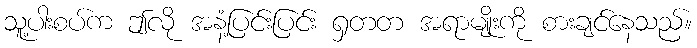
သူ့ပါးစပ်က ဤလို အနံ့ပြင်းပြင်း ရှတတ အရာမျိုးကို စားချင်နေသည်။